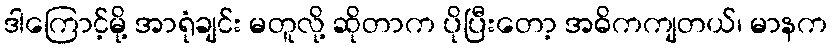
ဒါကြောင့်မို့ အာရုံချင်း မတူလို့ ဆိုတာက ပိုပြီးတော့ အဓိကကျတယ်၊ မာနက